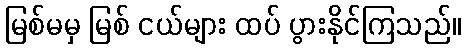
မြစ်မမှ မြစ် ငယ်များ ထပ် ပွားနိုင်ကြသည်။